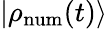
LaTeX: |\rho_{\mathrm{num}}(t)\rangle